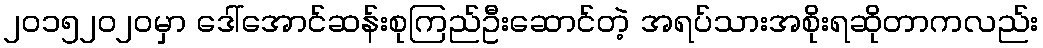
၂၀၁၅၂၀၂၀မှာ ဒေါ်အောင်ဆန်းစုကြည်ဦးဆောင်တဲ့ အရပ်သားအစိုးရဆိုတာကလည်း